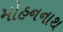
મોહનનાથ